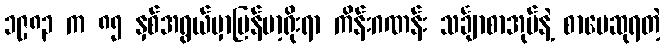
၁၉၈၃ က ၈၅ နှစ်အရွယ်မှာမြန်မာ့ရိုးရာ ကိန်းဂဏန်း သင်္ချာစာအုပ်နဲ့ စာပေဆုရတဲ့